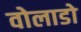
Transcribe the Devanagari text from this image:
वोलाडो